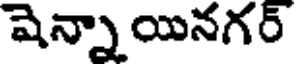
షెన్నా యినగర్